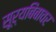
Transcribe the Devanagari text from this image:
सूर्यबिंबावर